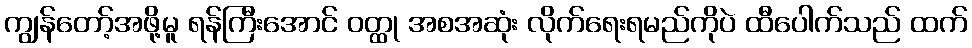
ကျွန်တော့်အဖို့မူ ရန်ကြီးအောင် ဝတ္ထု အစအဆုံး လိုက်ရေးရမည်ကိုပဲ ထီပေါက်သည် ထက်